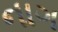
નાગ